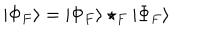
| \Phi _ { F } \rangle = | \Phi _ { F } \rangle \star _ { F } | \Phi _ { F } \rangle \,